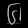
Digit: ၆